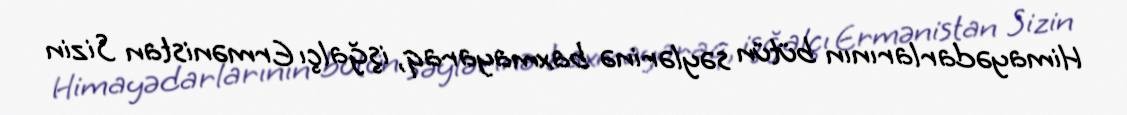
Himayədarlarının bütün səylərinə baxmayaraq, işğalçı Ermənistan Sizin